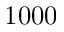
1 0 0 0